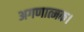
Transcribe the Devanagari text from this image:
अगणात्मक।